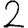
Digit: 2